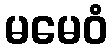
မမေဝံ